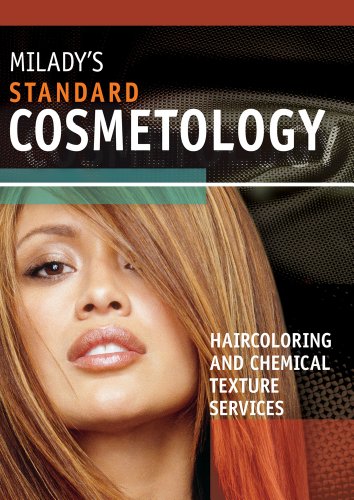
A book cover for Haircoloring and Chemical Texture Services Supplement for Milady's Standard Cosmetology 2008; Milady; Health, Fitness & Dieting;